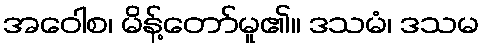
အဝေါစ၊ မိန့်တော်မူ၏။ ဒသမံ၊ ဒသမ